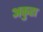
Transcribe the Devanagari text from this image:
अकुहा